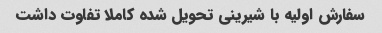
سفارش اولیه با شیرینی تحویل شده کاملا تفاوت داشت